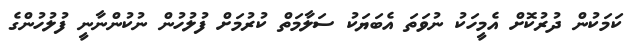
ކަމަކުން ދުރުކޮށް އެމީހަކު ނުވަތަ އެބަޔަކު ސަލާމަތް ކުރުމަށް ފުލުހުން ނުކުންނާނީ ފުލުހުންގެ